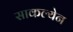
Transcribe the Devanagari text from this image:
साकल्येन